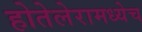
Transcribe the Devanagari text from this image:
होतेलेरामध्येच